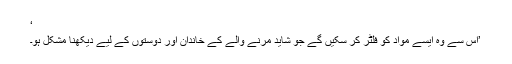
‘
’اس سے وہ ایسے مواد کو فلٹر کر سکیں گے جو شاید مرنے والے کے خاندان اور دوستوں کے لیے دیکھنا مشکل ہو۔